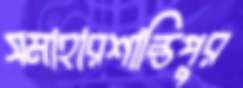
সমাহারশান্তিপুর